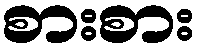
စားစား